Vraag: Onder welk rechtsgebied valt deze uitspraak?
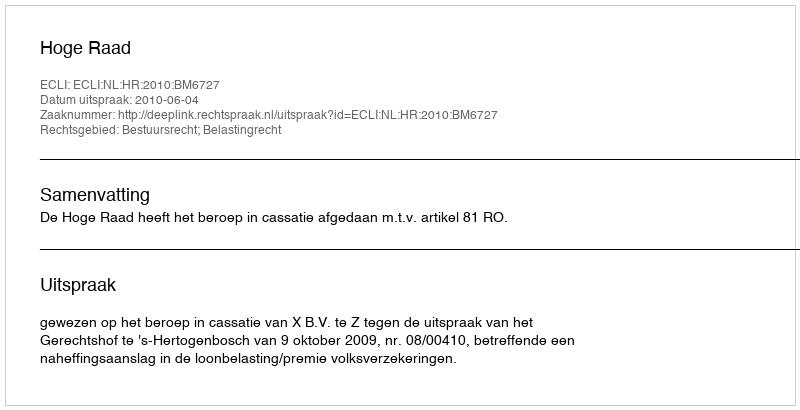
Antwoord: Bestuursrecht; Belastingrecht